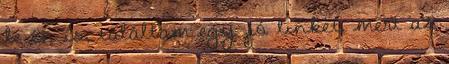
le én is, találtam egy jó linket, mert az